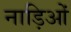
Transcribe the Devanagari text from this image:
नाड़िओं